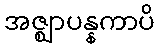
အဇ္ဈာပန္နကာပိ